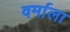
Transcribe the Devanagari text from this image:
वर्माला